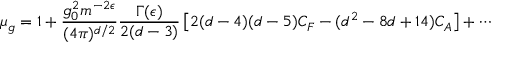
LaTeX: \mu _ { g } = 1 + \frac { g _ { 0 } ^ { 2 } m ^ { - 2 \epsilon } } { ( 4 \pi ) ^ { d / 2 } } \frac { \Gamma ( \epsilon ) } { 2 ( d - 3 ) } \left[ 2 ( d - 4 ) ( d - 5 ) C _ { F } - ( d ^ { 2 } - 8 d + 1 4 ) C _ { A } \right] + \cdots